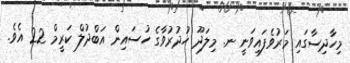
މިހާދިސާގައި މަރުވެފައިވަނީ ނ. މިލަދޫ ހުދުރުވާގެ ހުސައިން އަބްދުލް ކަރީމް 22 އެވެ.